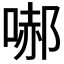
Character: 𭉞